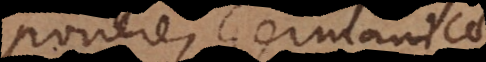
ponere, Germanicae